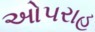
ઓપરાહ